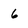
Character: 6